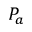
P _ { a }